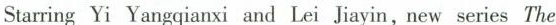
Starring Yi Yangqianxi and Lei Jiayin,new series The